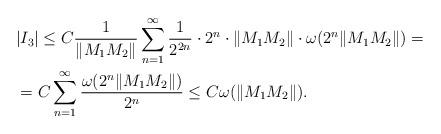
LaTeX: \begin{align*}&|I_3|\leq C\frac{1}{\|M_1M_2\|}\sum_{n=1}^{\infty}\frac{1}{2^{2n}}\cdot 2^{n}\cdot \|M_1M_2\|\cdot \omega(2^{n}\|M_1M_2\|)=\\&=C\sum_{n=1}^{\infty}\frac{\omega(2^{n}\|M_1M_2\|)}{2^n}\leq C\omega(\|M_1M_2\|).\end{align*}